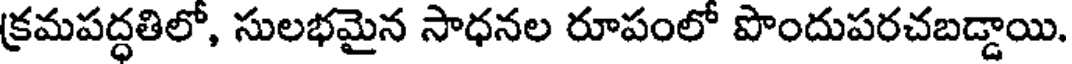
క్రమపద్ధతిలో, సులభమైన సాధనల రూపంలో పొందుపరచబడ్డాయి.